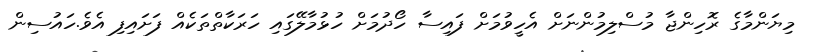
މިޔަންމާގެ ރޮހިންޖާ މުސްލިމުންނަށް އެހީވުމަށް ފައިސާ ހޯދުމަށް ހުޅުމާލޭގައި ހަރަކާތްތަކެއް ފަށައިފި އެވެ.ހައުސިން